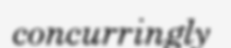
concurringly